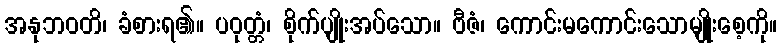
အနုဘဝတိ၊ ခံစားရ၏။ ပဝုတ္တံ၊ စိုက်ပျိုးအပ်သော။ ဗီဇံ၊ ကောင်းမကောင်းသောမျိုးစေ့ကို။